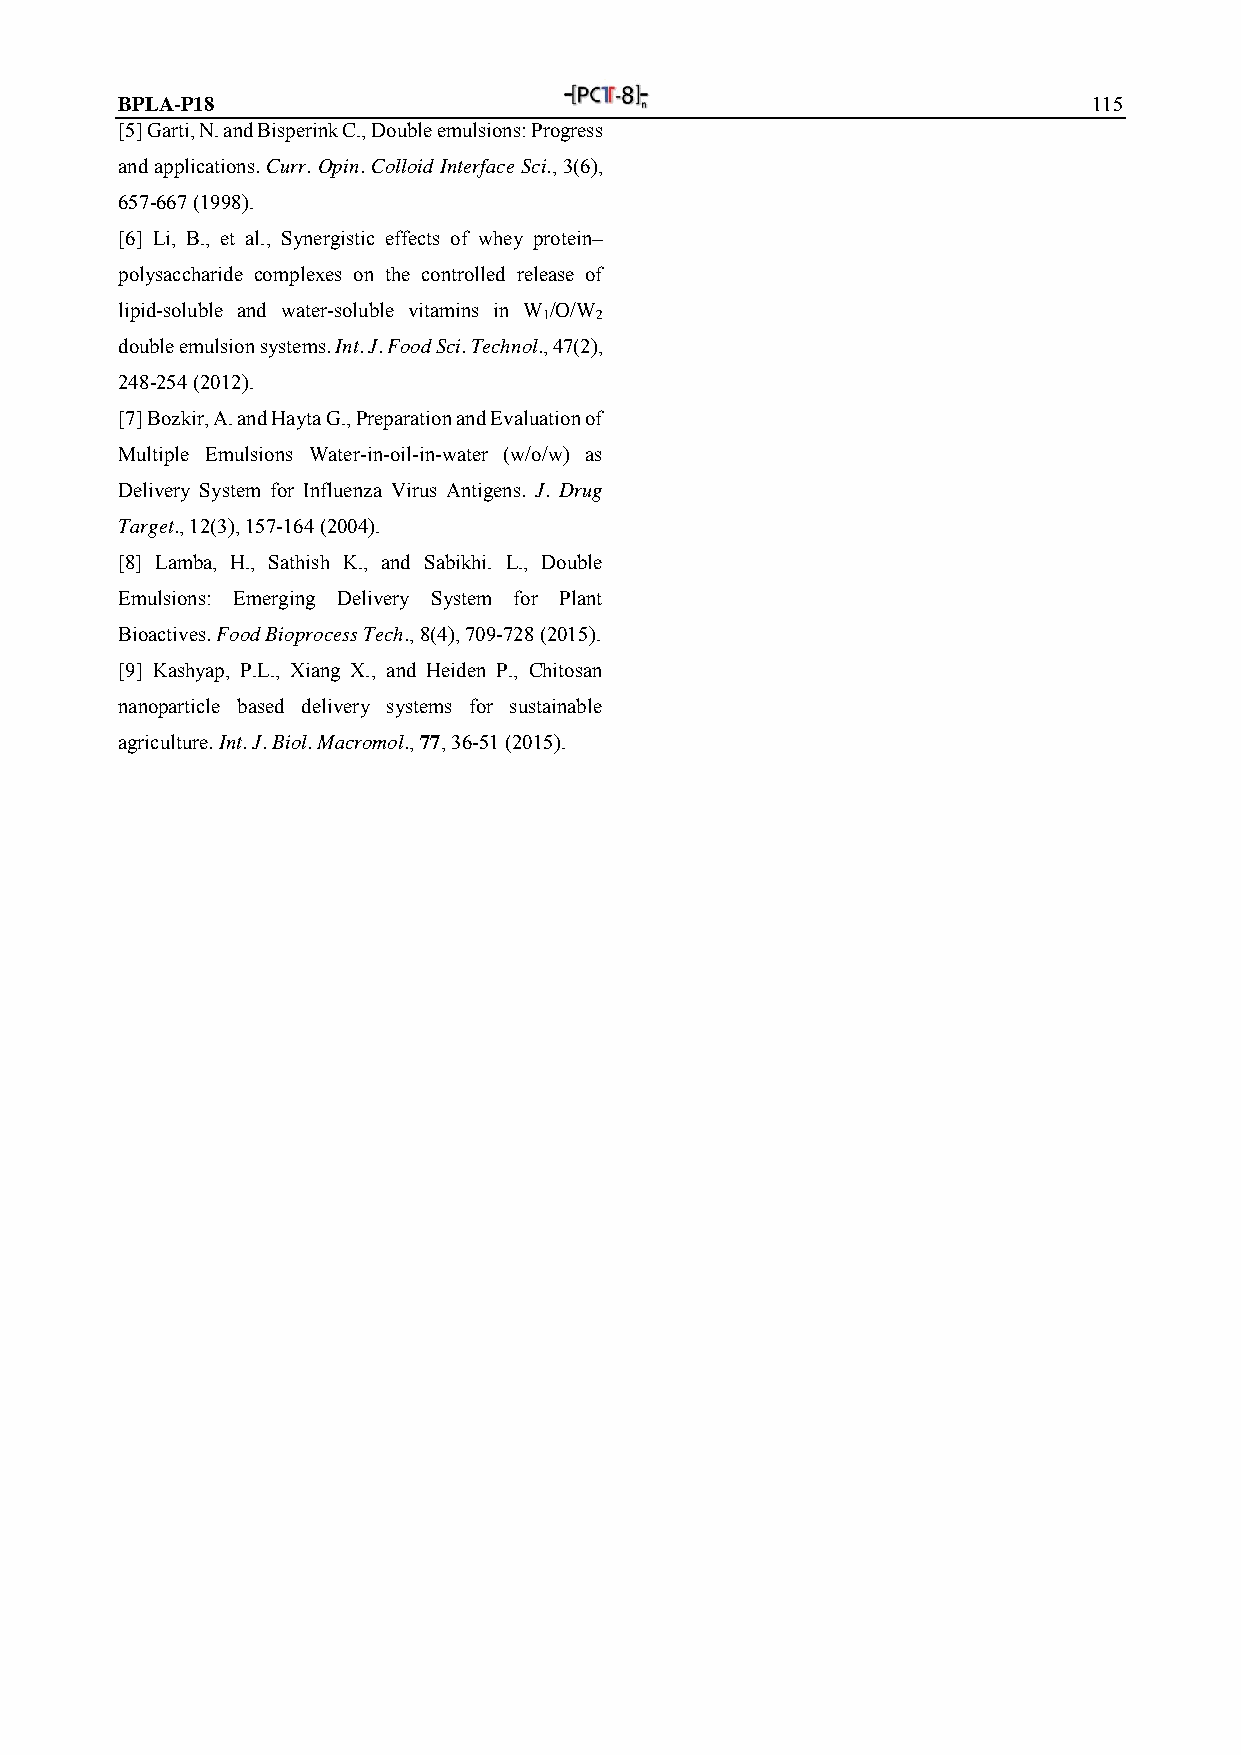
BPLA-P18                                                        115
 [5] Garti, N. and Bisperink C., Double emulsions: Progress
 and applications. Curr. Opin. Colloid Interface Sci., 3(6),
 657-667 (1998).
 [6] Li, B., et al., Synergistic effects of whey protein–
 polysaccharide complexes on the controlled release of
 lipid-soluble and water-soluble vitamins in W /O/W
 1  2
 double emulsion systems. Int. J. Food Sci. Technol., 47(2),
 248-254 (2012).
 [7] Bozkir, A. and Hayta G., Preparation and Evaluation of
 Multiple Emulsions Water-in-oil-in-water (w/o/w) as
 Delivery System for Influenza Virus Antigens. J. Drug
 Target., 12(3), 157-164 (2004).
 [8] Lamba, H., Sathish K., and Sabikhi. L., Double
 Emulsions: Emerging Delivery System for Plant
 Bioactives. Food Bioprocess Tech., 8(4), 709-728 (2015).
 [9] Kashyap, P.L., Xiang X., and Heiden P., Chitosan
 nanoparticle based delivery systems for sustainable
 agriculture. Int. J. Biol. Macromol., 77, 36-51 (2015).